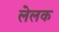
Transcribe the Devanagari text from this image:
लेलक